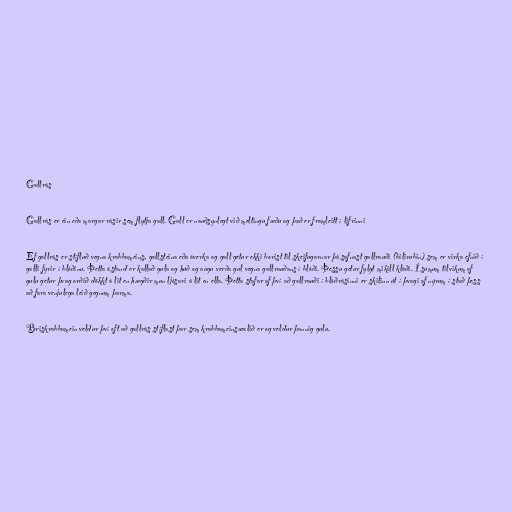
Gallrás

Gallrás er ein eða margar rásir sem flytja gall. Gall er nauðsynlegt við meltingu fæðu og það er framleitt í lifrinni

Ef gallrás er stífluð vegna krabbameins, gallsteina eða áverka og gall getur ekki borist til skeifugarnar þá safnast gallrauði (bilirubin) sem er virka efnið í
galli fyrir í blóðinu. Þetta ástand er kallað gula og húð og augu verða gul vegna gallrauðans í blóði. Þessu getur fylgt mikill kláði. Í sumum tilvikum af
gulu getur þvag orðið dökkt á lit en hægðir mun ljósari á lit en ella. Þetta stafar af því að gallrauði í blóðrásinni er skilinn út í þvagi af nýrum í stað þess
að fara venjulega leið gegnum þarma.

Briskrabbamein veldur því oft að gallrás stíflast þar sem krabbameinsæxlið er og veldur þannig gulu.